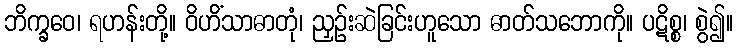
ဘိက္ခဝေ၊ ရဟန်းတို့။ ဝိဟိံသာဓာတုံ၊ ညှဉ်းဆဲခြင်းဟူသော ဓာတ်သဘောကို။ ပဋိစ္စ၊ စွဲ၍။